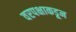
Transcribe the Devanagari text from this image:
वरपक्षाकडून